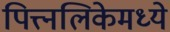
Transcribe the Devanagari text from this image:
पित्त्नलिकेमध्ये